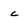
Character: c